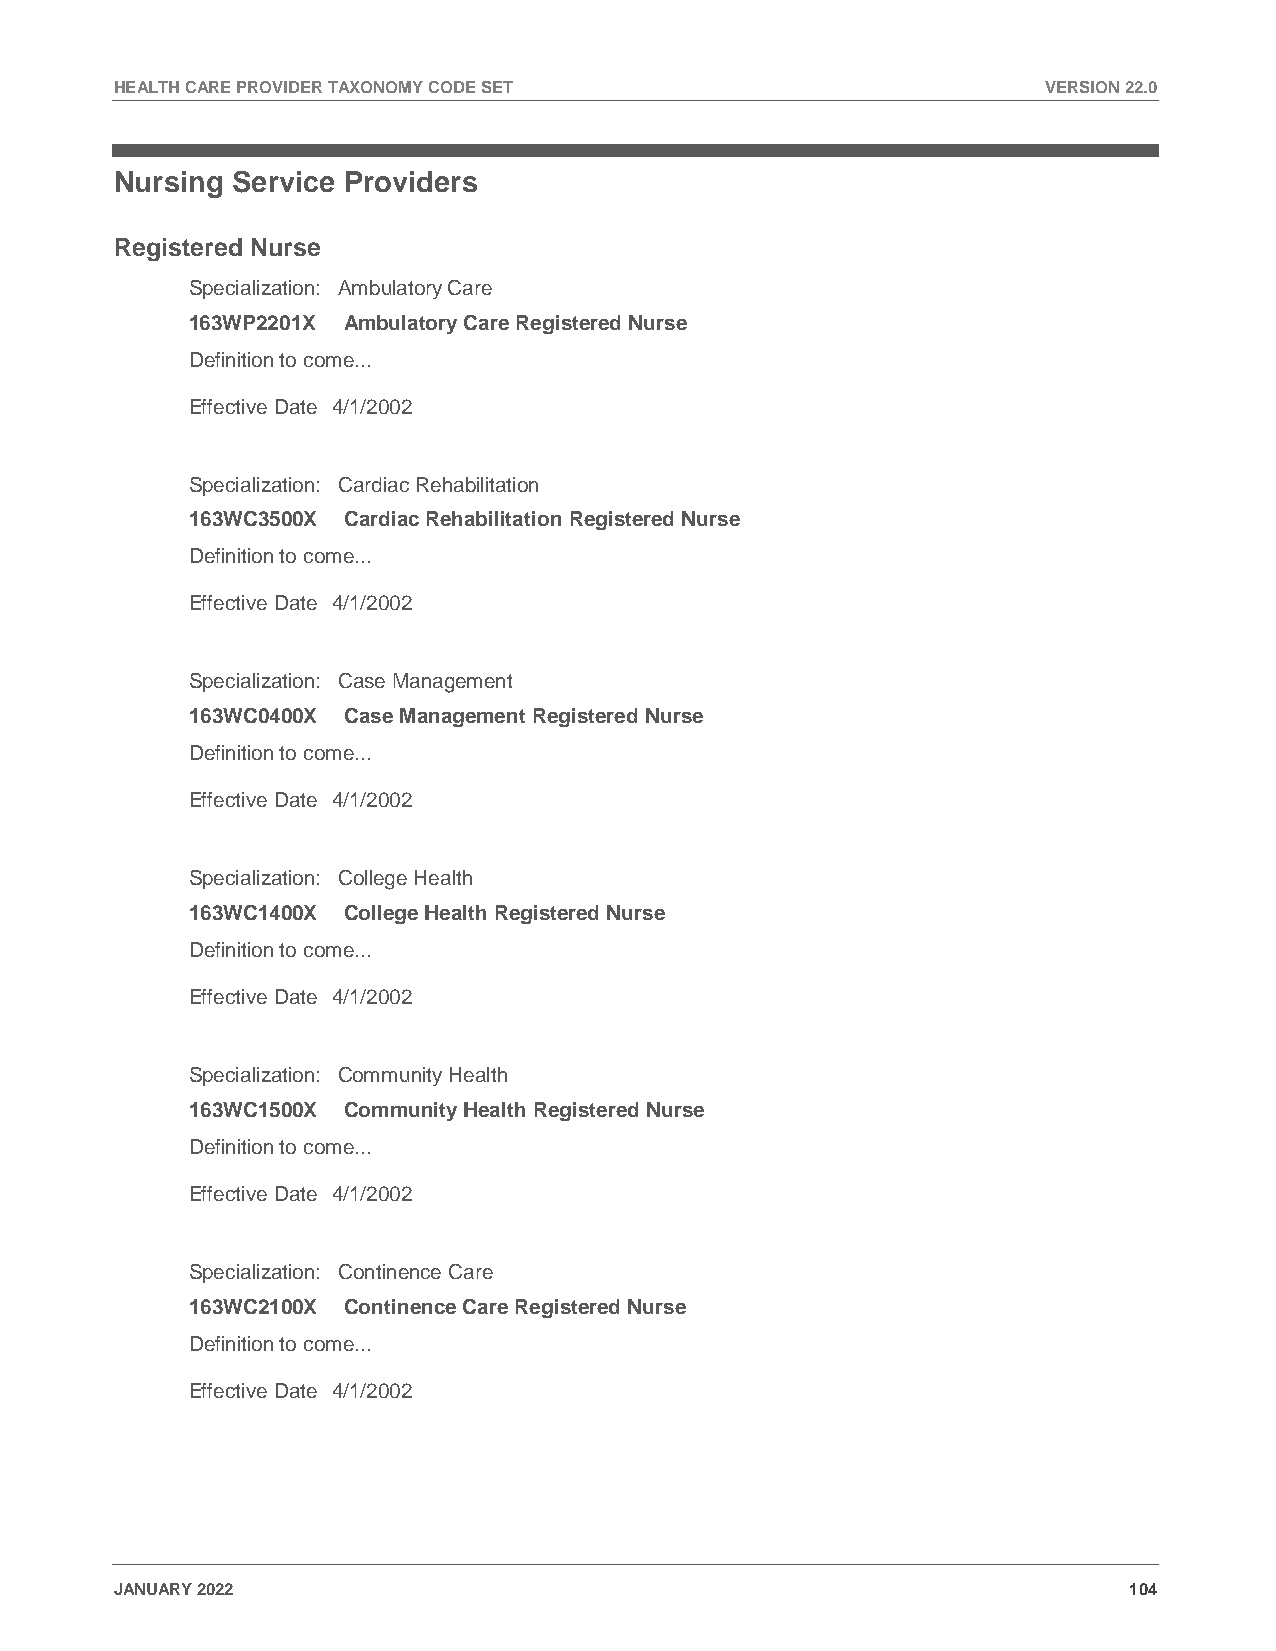
HEALTH CARE PROVIDER TAXONOMY CODE SET                       VERSION 22.0
 Nursing Service Providers
 Registered Nurse
 Specialization: Ambulatory Care
 163WP2201X Ambulatory Care Registered Nurse
 Definition to come...
 Effective Date 4/1/2002
 Specialization: Cardiac Rehabilitation
 163WC3500X Cardiac Rehabilitation Registered Nurse
 Definition to come...
 Effective Date 4/1/2002
 Specialization: Case Management
 163WC0400X Case Management Registered Nurse
 Definition to come...
 Effective Date 4/1/2002
 Specialization: College Health
 163WC1400X College Health Registered Nurse
 Definition to come...
 Effective Date 4/1/2002
 Specialization: Community Health
 163WC1500X Community Health Registered Nurse
 Definition to come...
 Effective Date 4/1/2002
 Specialization: Continence Care
 163WC2100X Continence Care Registered Nurse
 Definition to come...
 Effective Date 4/1/2002
 JANUARY 2022                                                       104